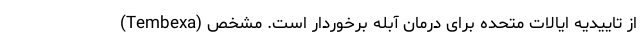
(Tembexa) از تاییدیه ایالات متحده برای درمان آبله برخوردار است. مشخص